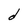
Character: d